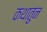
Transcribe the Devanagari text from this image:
कथातुन